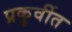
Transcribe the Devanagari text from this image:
प्रकुर्वीत